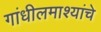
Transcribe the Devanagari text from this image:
गांधीलमाश्यांचे